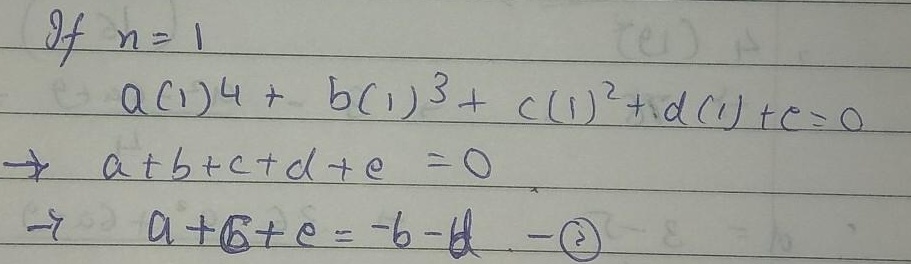
If \(n = 1\)
\[
\begin{align*}
a(1)^{4}+b(1)^{3}+c(1)^{2}+d(1)+e&=0\\
a + b + c + d+e&=0\\
a + c+e&=-b - d\quad\textcircled{2}
\end{align*}
\]